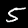
Label: 5